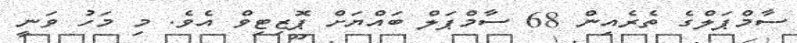
ސާމްޕަލްގެ ތެރެއިން 68 ސާމްޕަލް ބައްޔަށް ޕޮޒިޓިވް އެވެ. މި މަހު ވަނީ